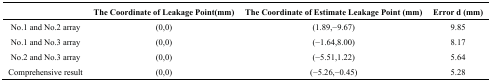
<table><thead><tr><td></td><td><b>The Coordinate of Leakage Point(mm)</b></td><td><b>The Coordinate of Estimate Leakage Point (mm)</b></td><td><b>Error d (mm)</b></td></tr></thead><tbody><tr><td>No.1 and No.2 array</td><td>(0,0)</td><td>(1.89,−9.67)</td><td>9.85</td></tr><tr><td>No.1 and No.3 array</td><td>(0,0)</td><td>(−1.64,8.00)</td><td>8.17</td></tr><tr><td>No.2 and No.3 array</td><td>(0,0)</td><td>(−5.51,1.22)</td><td>5.64</td></tr><tr><td>Comprehensive result</td><td>(0,0)</td><td>(−5.26,−0.45)</td><td>5.28</td></tr></tbody></table>